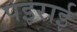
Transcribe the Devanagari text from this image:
पइराई